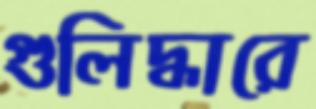
গুলিদ্ধারে